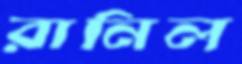
রানিল